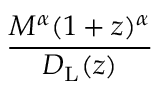
\frac { M ^ { \alpha } ( 1 + z ) ^ { \alpha } } { D _ { \mathrm { { L } } } ( z ) }